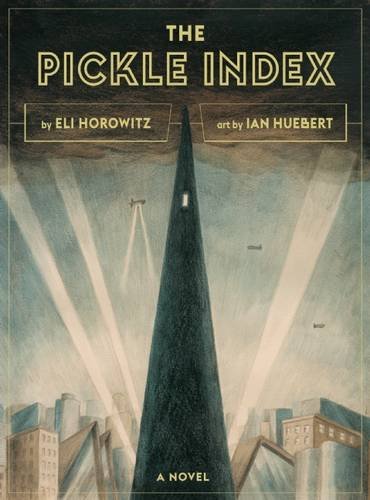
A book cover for The Pickle Index; Eli Horowitz; Mystery, Thriller & Suspense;